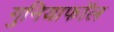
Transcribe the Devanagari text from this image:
गुनियाफॉल